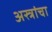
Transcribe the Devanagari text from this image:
अस्त्रांचा